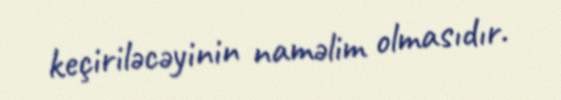
keçiriləcəyinin naməlim olmasıdır.